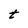
Character: t